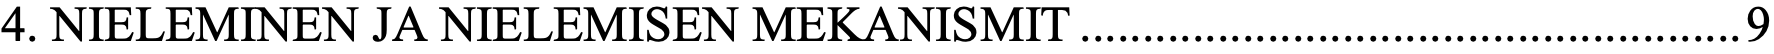
4. NIELEMINEN JA NIELEMISEN MEKANISMIT ..................................................... 9